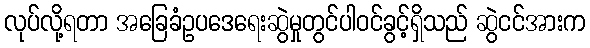
လုပ်လို့ရတာ အခြေခံဥပဒေရေးဆွဲမှုတွင်ပါဝင်ခွင့်ရှိသည် ဆွဲငင်အားက